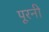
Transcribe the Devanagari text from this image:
पूरनी